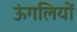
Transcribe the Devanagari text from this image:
ऊंगलियों